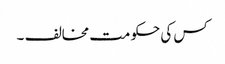
کس کی حکومت مخالف ۔